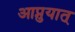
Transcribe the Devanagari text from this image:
आप्नुयात्